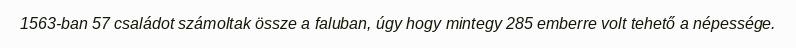
1563-ban 57 családot számoltak össze a faluban, úgy hogy mintegy 285 emberre volt tehető a népessége.